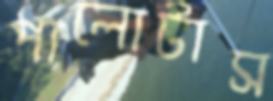
পালোটাস